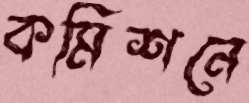
কমিশনে